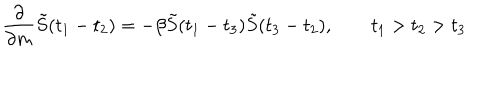
{ \frac { \partial } { \partial { m } } } \tilde { S } ( t _ { 1 } - t _ { 2 } ) = - \beta \tilde { S } ( t _ { 1 } - t _ { 3 } ) \tilde { S } ( t _ { 3 } - t _ { 2 } ) , \qquad t _ { 1 } > t _ { 2 } > t _ { 3 }